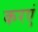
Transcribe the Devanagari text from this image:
करएं